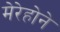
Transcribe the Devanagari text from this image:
मेरेहोने